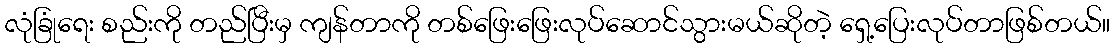
လုံခြုံရေး စည်းကို တည်ပြီးမှ ကျန်တာကို တစ်ဖြေးဖြေးလုပ်ဆောင်သွားမယ်ဆိုတဲ့ ရှေ့ပြေးလုပ်တာဖြစ်တယ်။